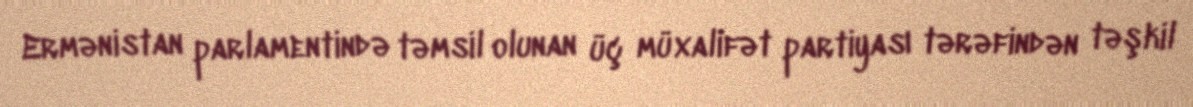
Ermənistan parlamentində təmsil olunan üç müxalifət partiyası tərəfindən təşkil